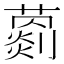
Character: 𦿦